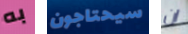
به سيحتاجون ان